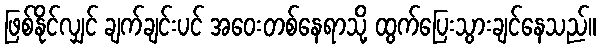
ဖြစ်နိုင်လျှင် ချက်ချင်းပင် အဝေးတစ်နေရာသို့ ထွက်ပြေးသွားချင်နေသည်။